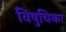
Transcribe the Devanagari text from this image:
विषुचिका